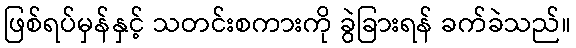
ဖြစ်ရပ်မှန်နှင့် သတင်းစကားကို ခွဲခြားရန် ခက်ခဲသည်။